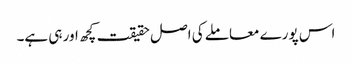
اس پورے معاملے کی اصل حقیقت کچھ اور ہی ہے۔